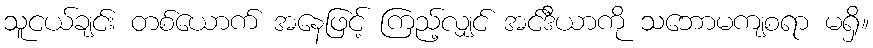
သူငယ်ချင်း တစ်ယောက် အနေဖြင့် ကြည့်လျှင် အင်ဒီယာကို သဘောမကျစရာ မရှိ။